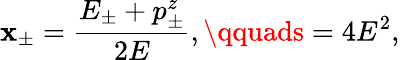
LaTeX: \mathbf{x}_{\pm}=\frac{{E_{\pm}+p_{\pm}^{z}}}{{2E}},\qquads=4E^{2},